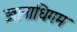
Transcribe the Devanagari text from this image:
ज्ञानाधिगम